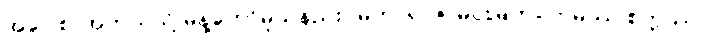
အဝေါစ၊ အဘယ်သို့ မိန့်တော်မူသနည်း။ မဟာရာဇ၊ မင်းမြတ်။ ဣမဿ စက္ကဿ၊